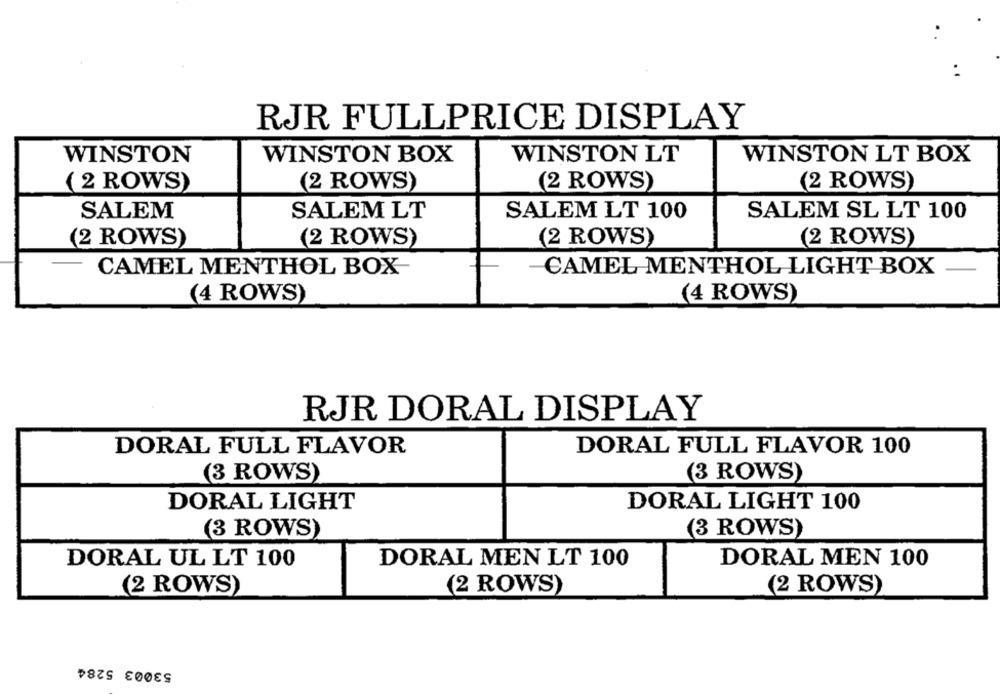
RJR FULLPRICE DISPLAY
WINSTON
WINSTON BOX
WINSTON LT
WINSTON LT BOX
(2 ROWS)
(2 ROWS)
(2 ROWS)
(2 ROWS)
SALEM
SALEM LT
SALEM LT 100
SALEM SL LT 100
(2 ROWS)
(2 ROWS)
(2 ROWS)
(2 ROWS)
CAMEL MENTHOL BOX
CAMEL MENTHOL LIGHT BOX
(4 ROWS)
(4 ROWS)
RJR DORAL DISPLAY
DORAL FULL FLAVOR
DORAL FULL FLAVOR 100
3 ROWS)
(3 ROWS)
DORAL LIGHT
DORAL LIGHT 100
(3 ROWS)
(3 ROWS)
DORAL UL LT 100
DORAL MEN LT 100
DORAL MEN 100
(2 ROWS)
(2 ROWS)
(2 ROWS)
53003 5284